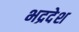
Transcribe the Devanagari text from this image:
भद्रदेश